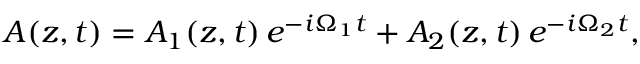
\begin{array} { r } { A ( z , t ) = A _ { 1 } ( z , t ) \, e ^ { - i \Omega _ { 1 } t } + A _ { 2 } ( z , t ) \, e ^ { - i \Omega _ { 2 } t } , } \end{array}